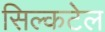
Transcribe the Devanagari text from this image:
सिल्कटेल